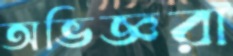
অভিজ্ঞরা